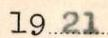
1921